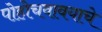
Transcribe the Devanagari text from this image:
पोहोचवावयाचे